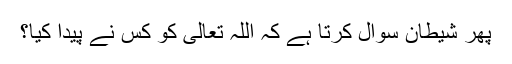
پھر شیطان سوال کرتا ہے کہ اللہ تعالیٰ کو کس نے پیدا کیا؟